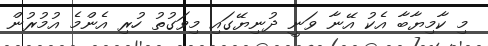
މި ކާމިޔާބާ އެކު އޭނާ ވަނީ ދުނިޔޭގައި މިވަގުތު ހުރި އެންމެ އުމުރުން